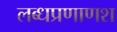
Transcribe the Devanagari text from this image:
लब्धप्रणाणश